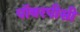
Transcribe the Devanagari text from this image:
पॉवरपीसी